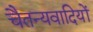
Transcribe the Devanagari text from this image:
चैतन्यवादियों